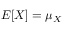
E [ X ] = \mu _ { X }